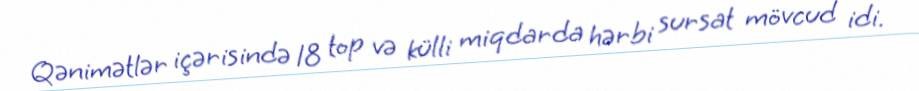
Qənimətlər içərisində 18 top və külli miqdarda hərbi sursat mövcud idi.